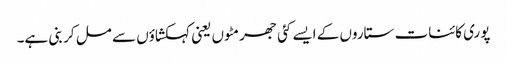
پوری کائنات ستاروں کے ایسے کئی جھرمٹوں یعنی کہکشاؤں سے مل کر بنی ہے۔